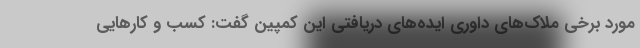
مورد برخی ملاک‌های داوری ایده‌های دریافتی این کمپین گفت: کسب و کارهایی